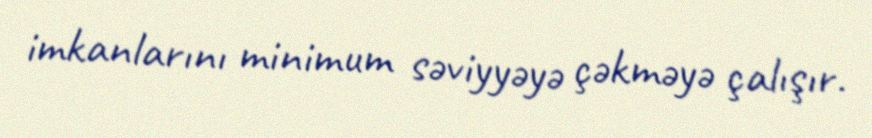
imkanlarını minimum səviyyəyə çəkməyə çalışır.